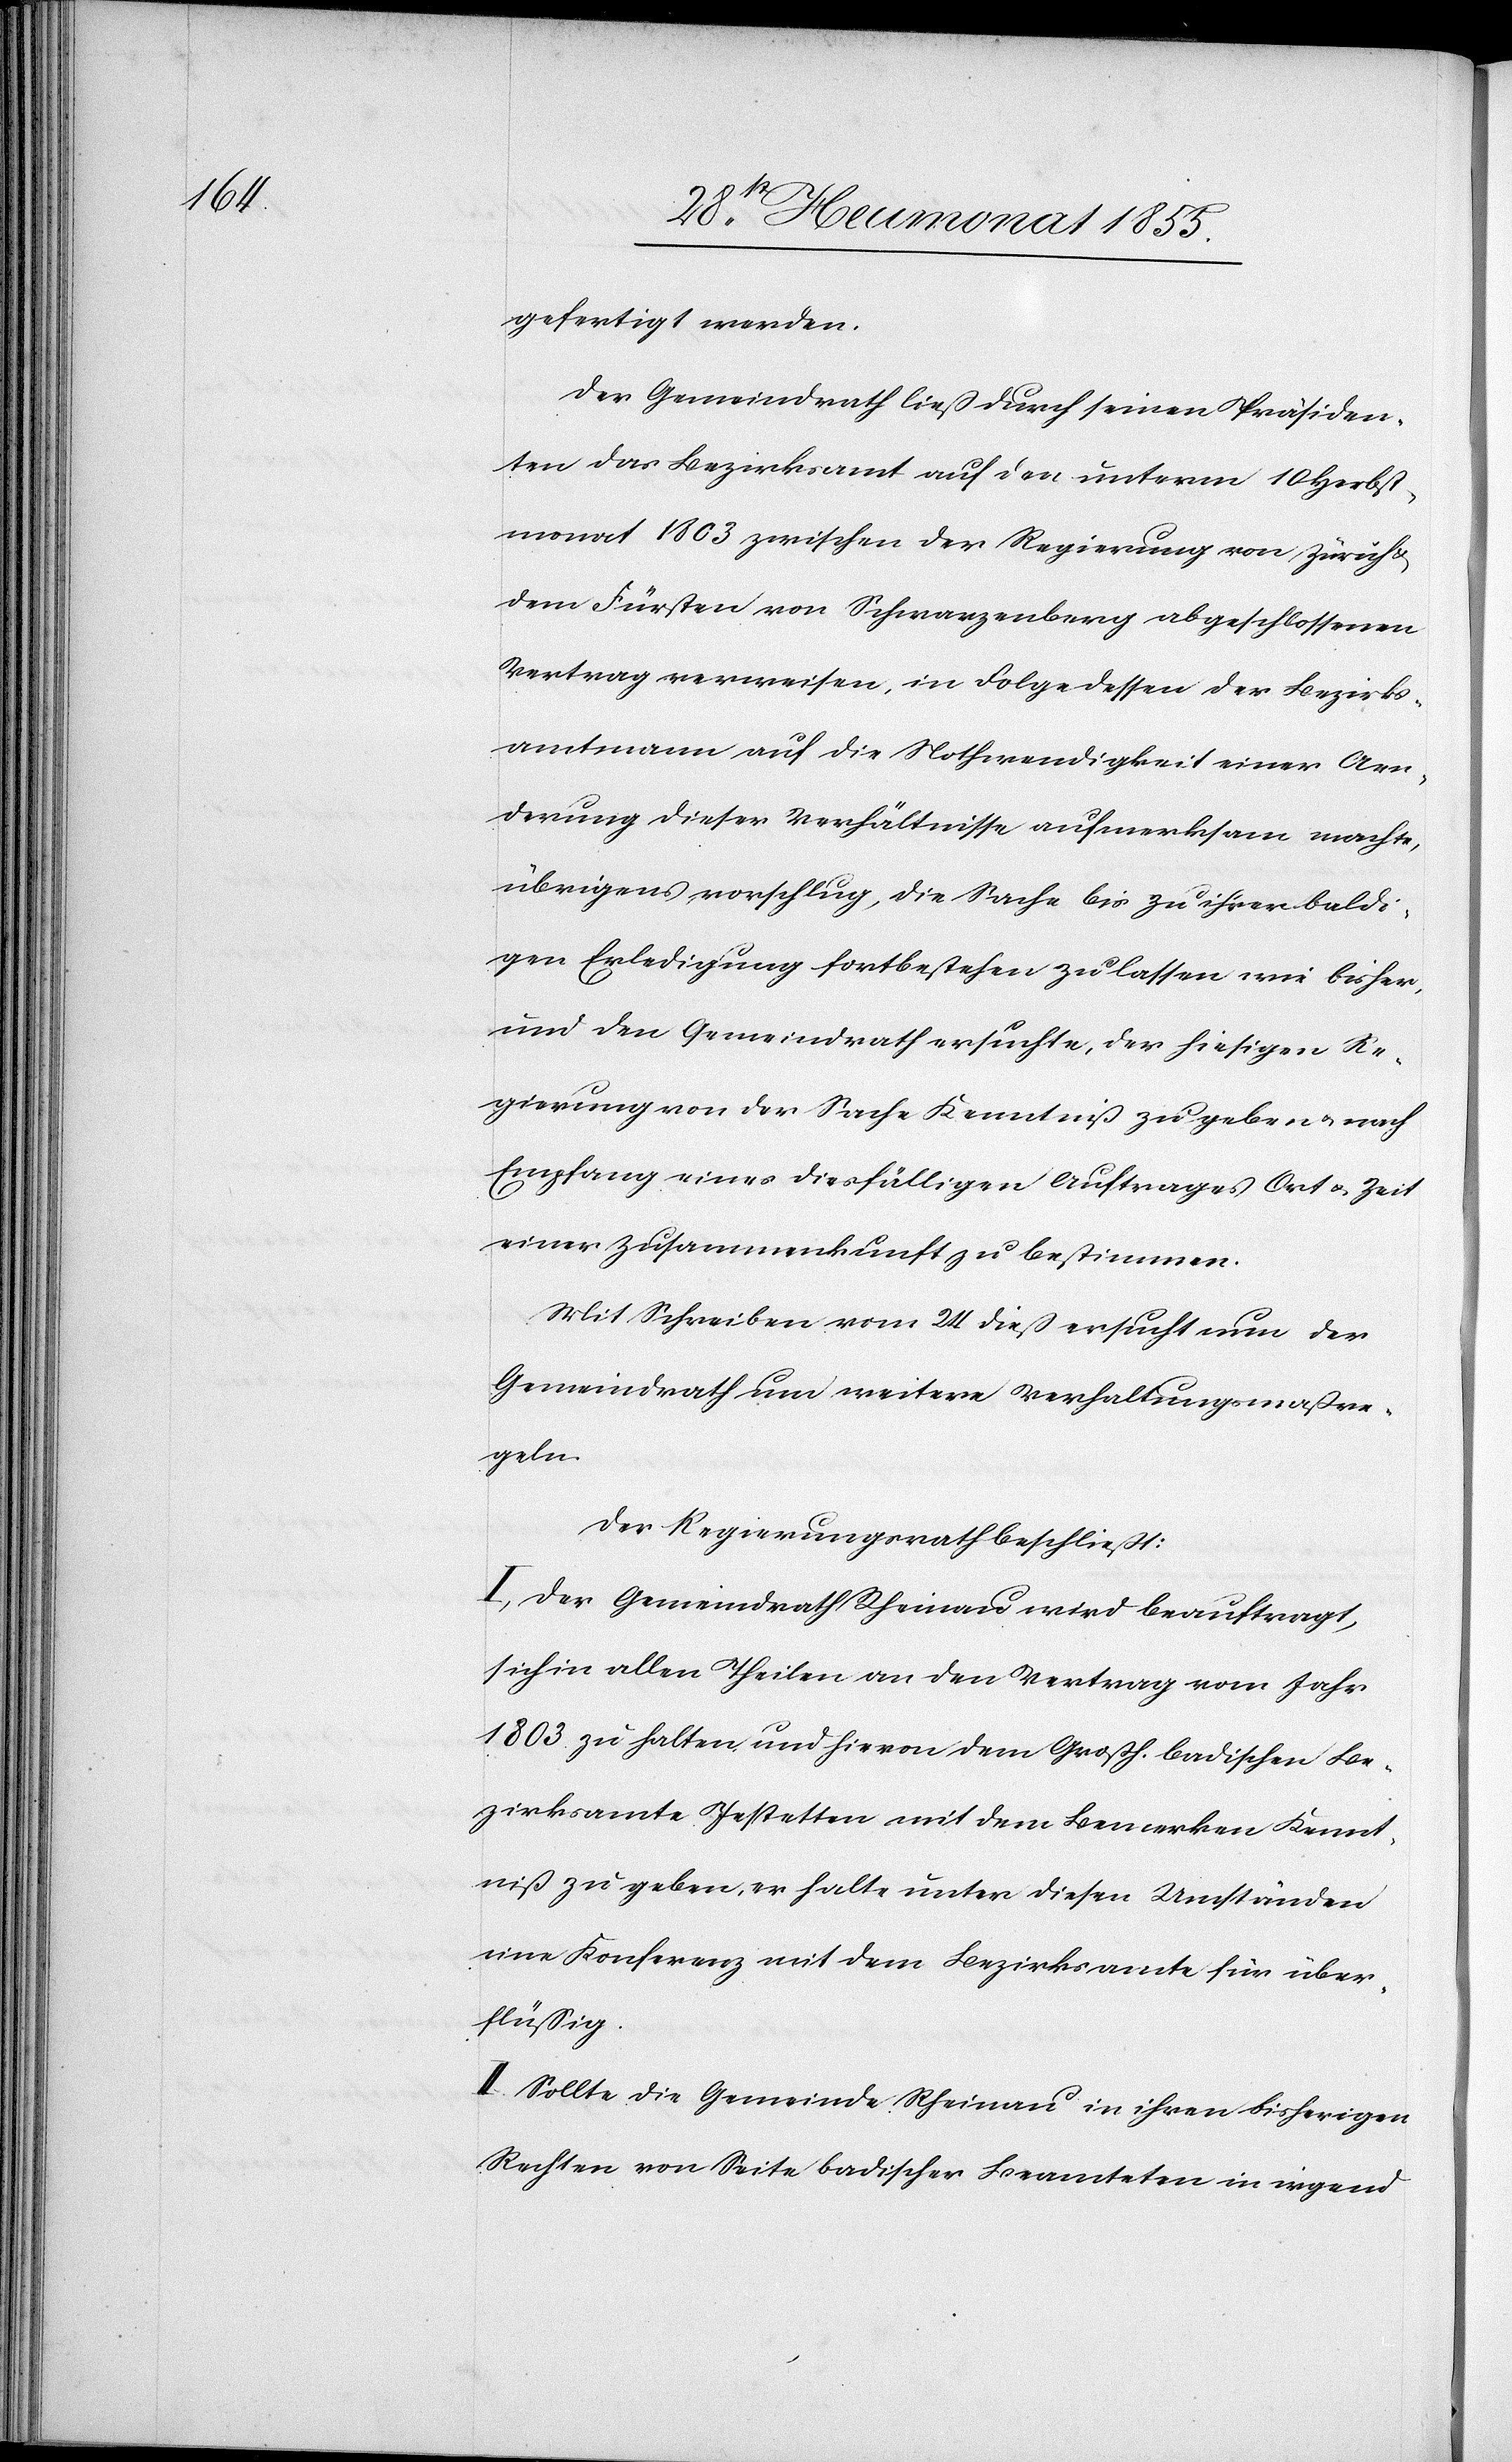
gefertigt werden.
Der Gemeindrath ließ durch seinen Präsiden¬
ten das Bezirksamt auf den unterm 10 Herbst¬
monat 1803 zwischen der Regierung von Zürich
dem Fürsten von Schwarzenberg abgeschlossenen
Vertrag verweisen, in Folge dessen der Bezirks¬
amtmann auf die Nothwendigkeit einer Aen¬
derung dieser Verhältnisse aufmerksam machte,
übrigens vorschlug, die Sache bis zu ihrer baldi¬
gen Erledigung fortbestehen zu lassen wie bisher,
und den Gemeindrath ersuchte, der hiesigen Re¬
gierung von der Sache Kenntniß zu geben & nach
Empfang eines diesfälligen Auftrages Ort & Zeit
einer Zusammenkunft zu bestimmen.
Mit Schreiben vom 24 dieß ersucht nun der
Gemeindrath um weitere Verhaltungsmaßre¬
geln.
Der Regierungsrath beschließt:
I, Der Gemeindrath Rheinau wird beauftragt,
sich in allen Theilen an den Vertrag vom Jahr
1803 zu halten und hievon dem Großh. badischen Be¬
zirksamte Jestetten mit dem Bemerken Kennt¬
niß zu geben, er halte unter diesen Umständen
eine Konferenz mit dem Bezirksamte für über¬
flüssig.
II. Sollte die Gemeinde Rheinau in ihren bisherigen
Rechten von Seite badischer Beamteten in irgend